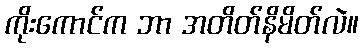
ကိုးကောင်က ဘာ အတိတ်နိမိတ်လဲ။